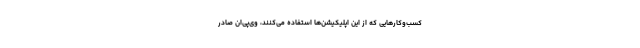
کسب‌وکارهایی که از این اپلیکیشن‌ها استفاده می‌کنند، وی‌پی‌ان صادر